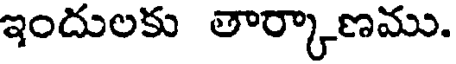
ఇందులకు తార్కాణము.